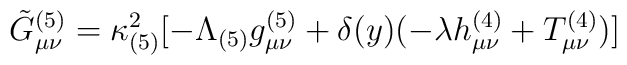
\tilde{G}_{\mu \nu}^{(5)} = \kappa_{(5)}^{2}[-\Lambda_{(5)} g_{\mu \nu}^{(5)} + \delta(y)(-\lambda h_{\mu \nu}^{(4)}+ T_{\mu \nu}^{(4)})]